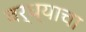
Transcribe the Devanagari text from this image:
वर्ध्याचा